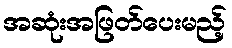
အဆုံးအဖြတ်ပေးမည့်